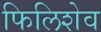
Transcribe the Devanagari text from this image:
फिलिशेव